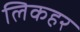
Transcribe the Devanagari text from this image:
लिकहर